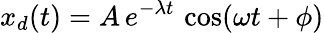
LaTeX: x_{d}(t)=A\, e^{-\lambda t}\, \cos(\omega t+\phi)